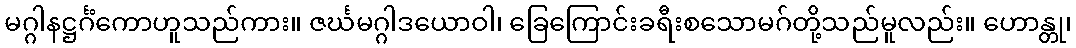
မဂ္ဂါနဋ္ဌင်္ဂံကောဟူသည်ကား။ ဇင်္ဃမဂ္ဂါဒယောဝါ၊ ခြေကြောင်းခရီးစသောမဂ်တို့သည်မူလည်း။ ဟောန္တု၊